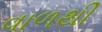
વાળથી